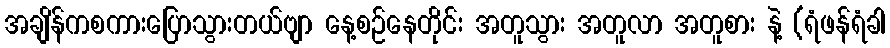
အချိန်ကစကားပြောသွားတယ်ဗျာ နေ့စဉ်နေတိုင်း အတူသွား အတူလာ အတူစား နဲ့ (ရံဖန်ရံခါ